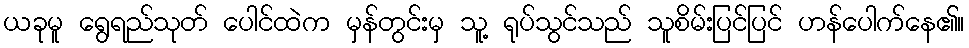
ယခုမူ ရွေရည်သုတ် ပေါင်ထဲက မှန်တွင်းမှ သူ့ ရုပ်သွင်သည် သူစိမ်းပြင်ပြင် ဟန်ပေါက်နေ၏။